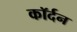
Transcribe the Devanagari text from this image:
कॉर्दन